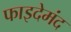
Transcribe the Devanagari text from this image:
फाइदेमंद